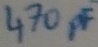
Text: 470pF